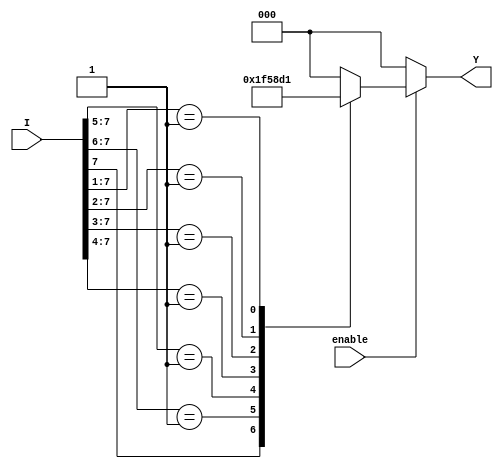
module encoder_8_to_3 (
    input wire [7:0] I,     // 8 input lines
    input wire enable,      // Enable input
    output reg [2:0] Y     // 3-bit output
);

always @(*) begin
    if (!enable) begin
        Y = 3'b000; // Output is 000 when enable is low
    end else begin
        casez (I) // Using casez to handle don't care conditions
            8'b1??????? : Y = 3'b111; // I7 active
            8'b01?????? : Y = 3'b110; // I6 active
            8'b001????? : Y = 3'b101; // I5 active
            8'b0001???? : Y = 3'b100; // I4 active
            8'b00001??? : Y = 3'b011; // I3 active
            8'b000001?? : Y = 3'b010; // I2 active
            8'b0000001? : Y = 3'b001; // I1 active
            8'b00000001 : Y = 3'b000; // I0 active
            default:      Y = 3'b000; // All inputs inactive
        endcase
    end
end

endmodule